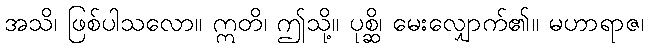
အသိ၊ ဖြစ်ပါသလော။ ဣတိ၊ ဤသို့။ ပုစ္ဆိ၊ မေးလျှောက်၏။ မဟာရာဇ၊